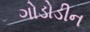
ગોડોડીન